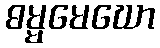
ဓမ္မမေဃော